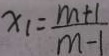
x _ { 1 } = \frac { m + 1 } { m - 1 }